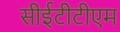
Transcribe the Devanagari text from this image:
सीईटीटीएम